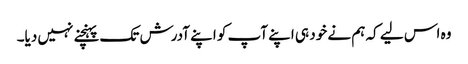
وہ اس لیے کہ ہم نے خود ہی اپنے آپ کو اپنے آدرش تک پہنچنے نہیں دیا۔